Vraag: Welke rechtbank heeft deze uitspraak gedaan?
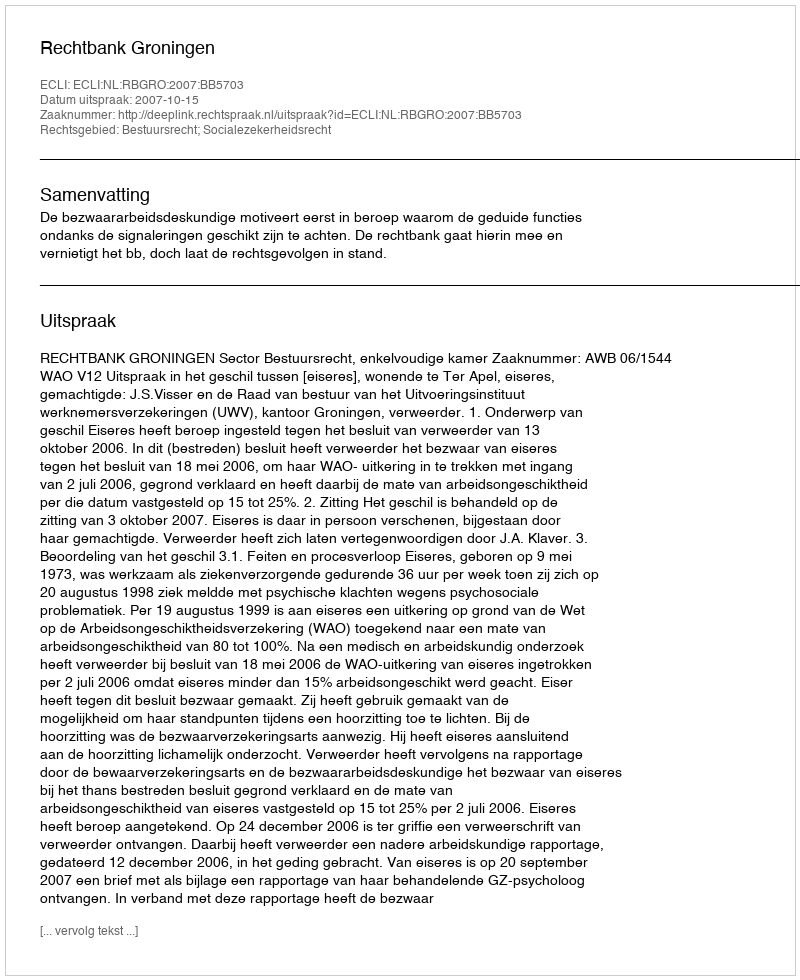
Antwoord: Rechtbank Groningen